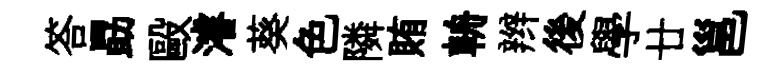
答勗毆濬葵色隣賄輈辫後學廿邕